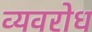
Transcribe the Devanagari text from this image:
व्यवरोध